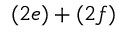
( 2 e ) + ( 2 f )